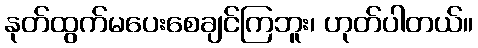
နုတ်ထွက်မပေးစေချင်ကြဘူး၊ ဟုတ်ပါတယ်။